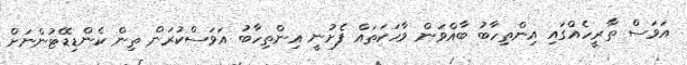
އަވަސް ތާރީހެއްގައި އިންތިހާބު ބާއްވަން ވާހަކަތައް ފެށުނީ އިންތިހާބު އަވަސްކުރަން ތިން ކެންޑިޑޭޓުންނަށް